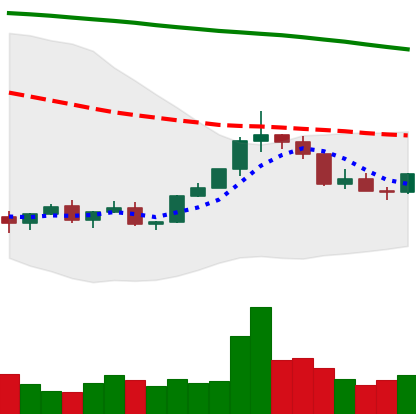
Ticker: XLM-USD
Chart end date: 2022-02-15
Forward return: -11.823%
Label: down_7plus